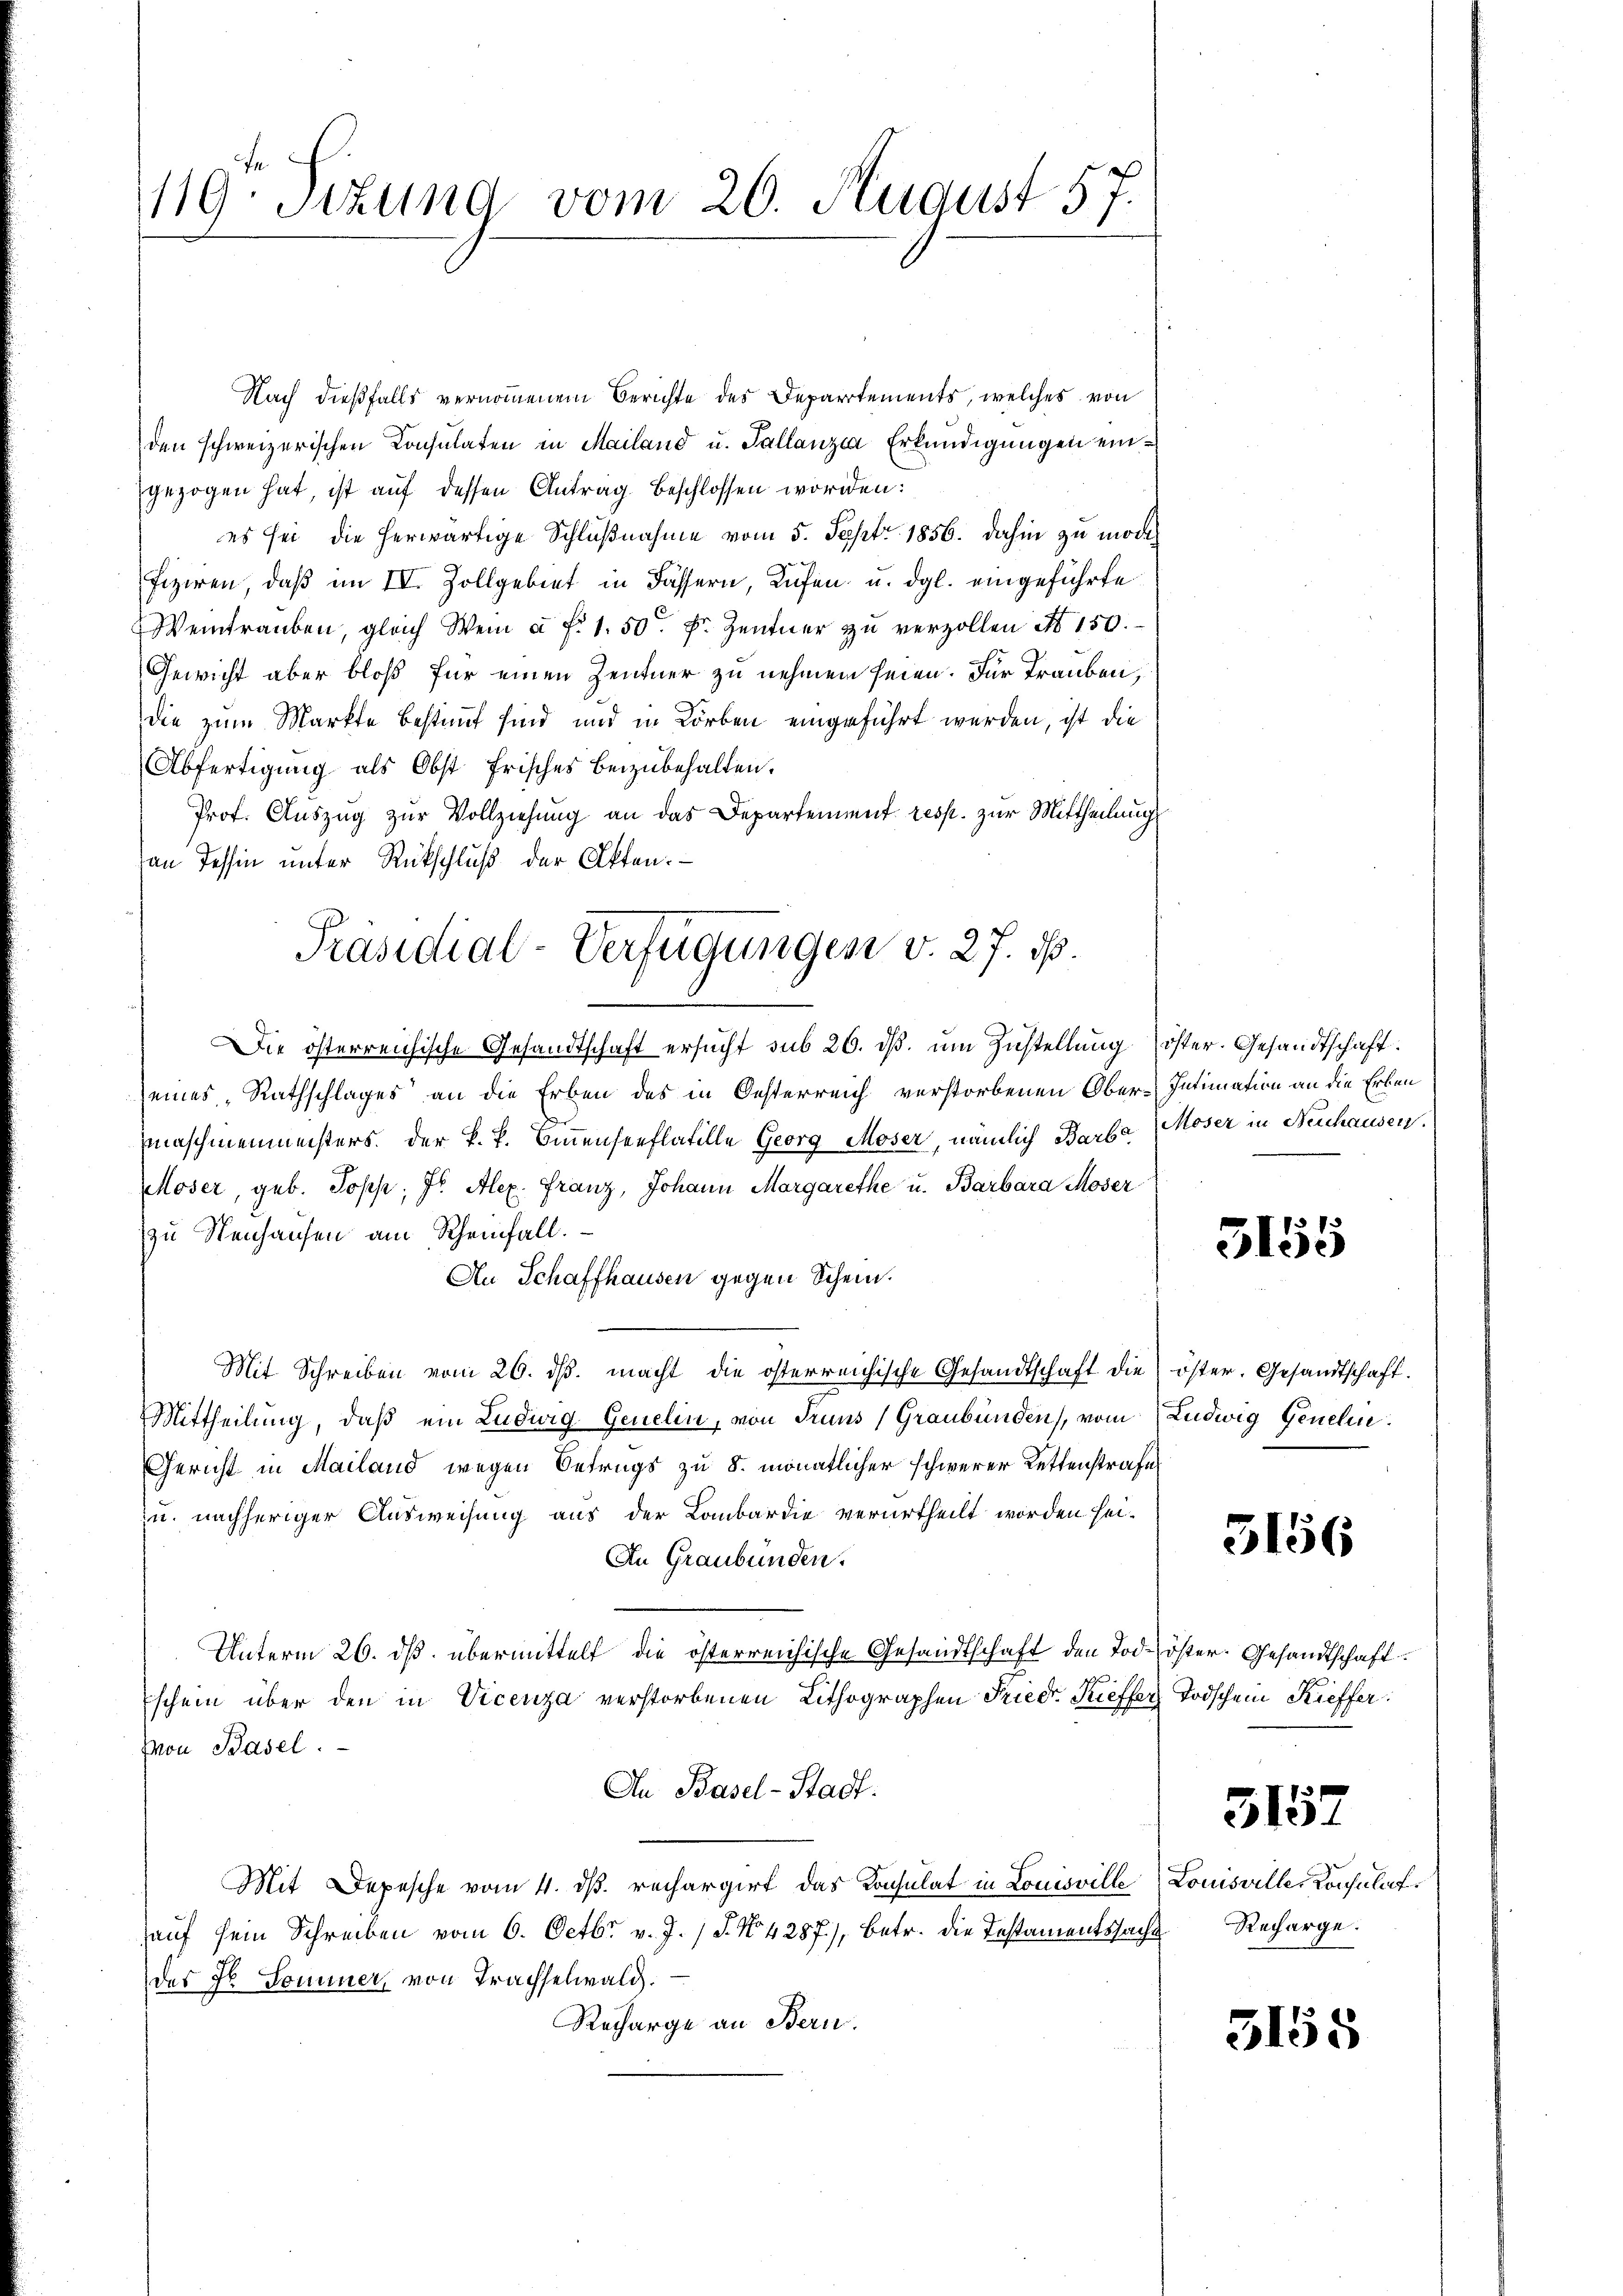
119 Stzung vom 20. August 57.

Nach dießfalls vernommenem Berichte des Departements, welches von
den schweizerischen Consulaten in Mailand u. Tallanzia Erkundigungen eingezogen hat, ist auf dessen Antrag beschlossen worden:
es sei die herwärtige Schlußnahme vom 5. Sept. 1856. dahin zu modifiziren, daß im IV. Zollgebiet in Fässern, Lufen u. dgl. eingeführte
Weintraŭben, gleich Wein a. f. 1. 50 Fr. Zentner zŭ verzollen No 150.
Gewicht aber bloß für einen Zentner zu nehmen seien. Für Trauben,
die zum Markte bestimmt sind und in Korben eingeführt werden, ist die
Abfertigŭng als Obst frisches beizubehalten.
Prof. Auszug zur Vollziehung an das Departement resp. zur Mittheilung
an Tessin unter Rückschluß der Akten.
eines Rathschlages an die Erben des in Oesterreich verstorbenen Obermaschinenmeisters. Der k. k. Emmensenflatille Georg Moser, nämlich Barba Moser in Neuhausen.
Moser, geb. Topp, Dr. Alex. Franz, Johann Margarethe u. Barbara Moser
zu Neuhausen am Rheinfall.
An Schaffhausen gegen Schein.
Mit Schreiben vom 26. ds. macht die österreichische Gesandtschaft die
Mittheilung, daß ein Luduig Genelin, von Truns (Graubünden, vom Ludwig Genehm
Gericht in Mailand wegen Betrugs zu 8 monatlicher schwerer Kettenstrafe
zu. nachheriger Ausweisung aus der Lombardie verurtheilt worden hei-
An Graubünden.
Unterm 26. ds. übermittelt die österreichische Gesandtschaft den Tode
Eschein über den in Vicenza verstorbenen Lithographen Friedr. Kieffer
Mon Basel.
In Basel-Stadt.
Mit Depesche vom 4. ds. rechargirt das Konsulat in Louisville
auf sein Schreiben vom 6. Octbr. v. J. J. No. 4287), betr. die Testamentssache
des Hr. Tominer, von Trachselwald.
Recharge an Bern.

Präsidial-Verfügungen v. 27. 16.
Die österreichische Gesandtschaft ersucht sub 26. ds. um Zustellung ister. Gesandtschaft

Intimation an die Erben

3155

öster. Gesandtschaft.

5156

öster. Gesandtschaft.
Todschein Kieffer:

3157

Louisviller Konsulat
Recharge.

5158